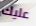
عليك